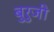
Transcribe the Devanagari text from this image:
बुरुजी